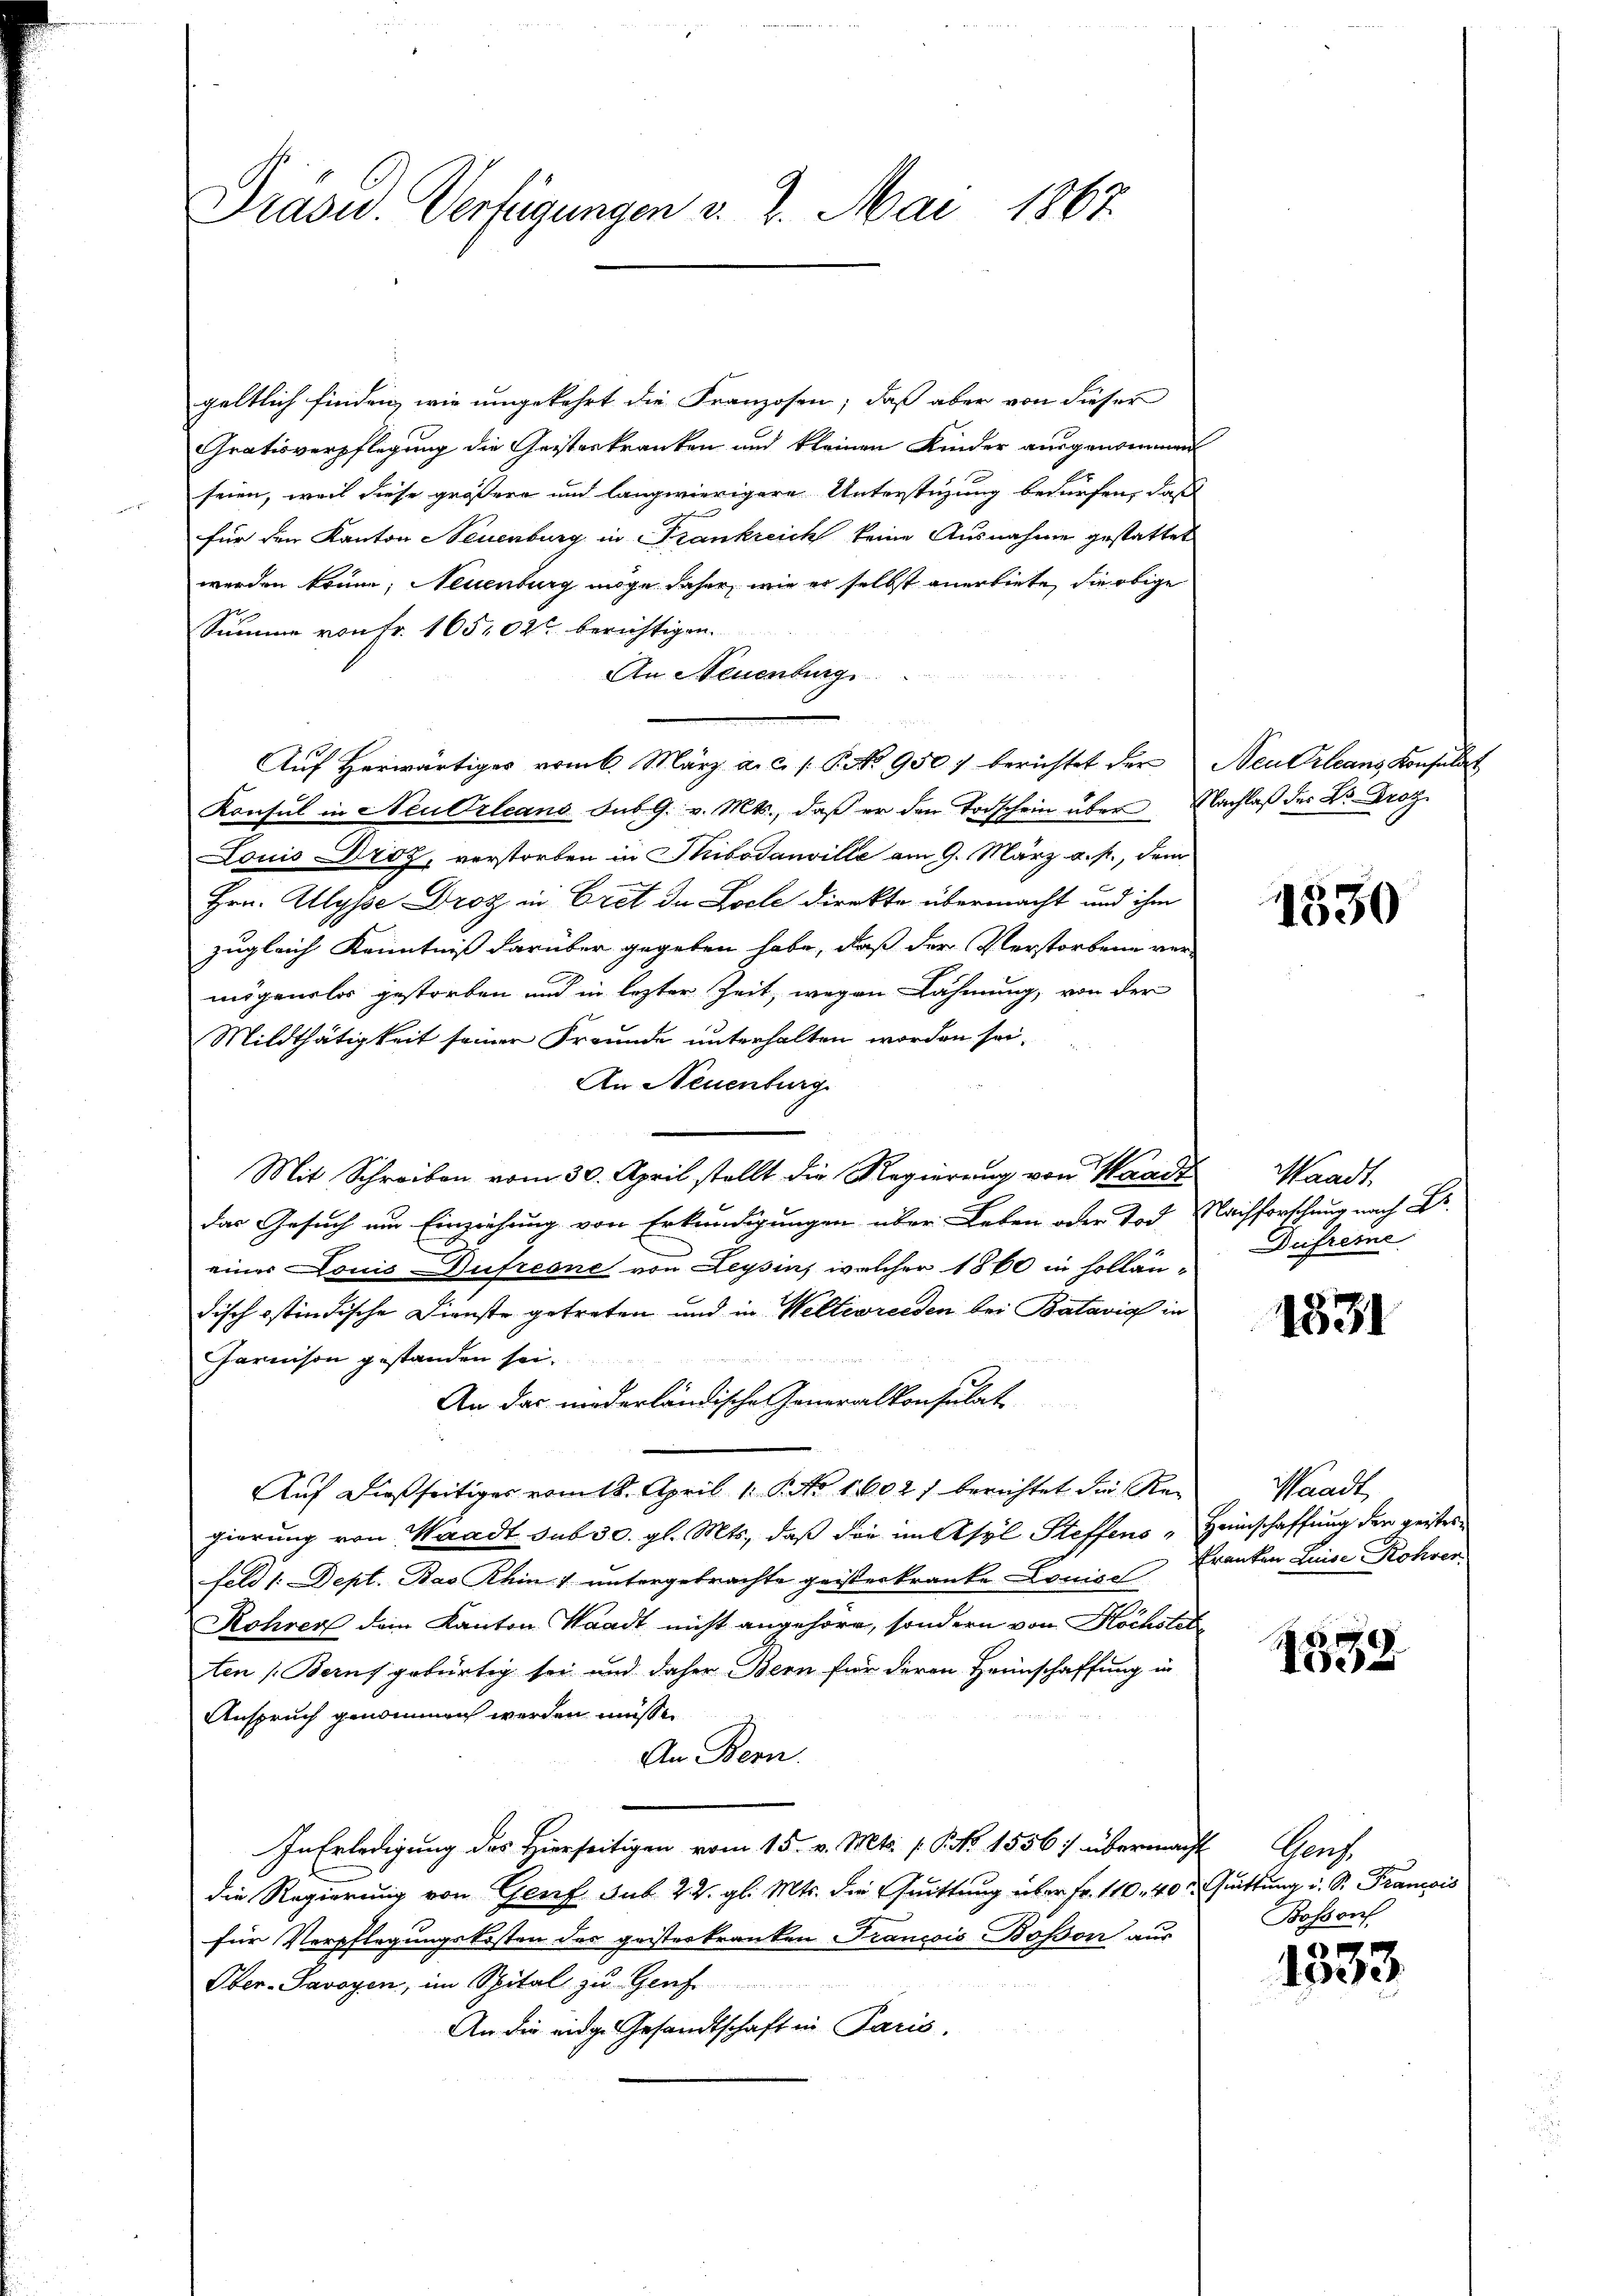
Präsu. Verfügungen v. 7. Mai 1867.

geltlich finden, wie umgekehrt die Franzosen, daß aber von dieser
Grativverpflegung die Geisterkranken und kleinen Kinder ausgenommen
seien, weil diese größere und langwierigere Unterstüzung bedürfen, daß
für den Kanton Neuenburg in Frankreich keine Ausnahme gestattet
werden könne; Neuenburg möge daher, wie er selbst anerbiete, die obige
Summe von Fr. 165, 02 berichtigen.
An Neuenburg
Auf Herwärtiges vom 6. März a.c. s. P NNo. 950 / berichtet der Neutrleans Konsulat
Konsul in Neu Orleans sub 9. v. Mts., daß er den Todschein über Nachlaß der Dr. Drotz
Louis Droz, verstorben in Thibodanville am 9. März a. p., dem
Hrn. Wysse Droz in Cret de Locle direkte übermacht und ihm
zugleich Kenntniß darüber gegeben habe, daß der Verstorbene vermögenslos gestorben und in lezter Zeit, wegen Lähmung, von der
Mildthätigkeit seiner Freunde unterhalten worden sei.
An Neuenburg
Mit Schreiben vom 30. April stellt die Regierung von Waadt
das Gesuch um Einziehung von Erkundigungen über Leben oder Tod. Nachforschung nach B.
einer Louis Dufreone von Leysin, welcher 1860 in holländisch stindische Dienste getreten und in Weltewreiden bei Batavia in
Parison gestanden sei.
An das niederländische Generalkonsulat
Auf dießseitiger vom 18. April 1. P. No 1602) berichtet die Regierung von Waadt sub 30. gl. Mts., daß die im Asyl Steffens "Heimschaffung der geistesfeld 1. Dept. Bas Rhin & untergebrachte geisterkranke Louise Franten Luise Rohren
Rohren dem Kanton Waadt nicht angehöre, sondern von Höchstelten Beruf gebürtig sei und daher Bern für deren Haunschaffung in
Anspruch genommen werden müsse.
An Bern.
In Erledigung des Hierseitigen vom 15. v. Mts. s. Bd. 1556 :/ übermacht Genf,
die Regierung von Genf sub 22. gl. Mts. die Quittung über Fr. 110. 40. Quittung u. S. Francois
für Verpflegungskosten des geisteskranken Trancois Bosson aus
Ober-Savoyen, im Spital zu Hanf
Bi
An die eidg. Gesandtschaft in Paris.

1830

Waadt.
Dufresne

1331

Waadt,

4539

Bosson

1333